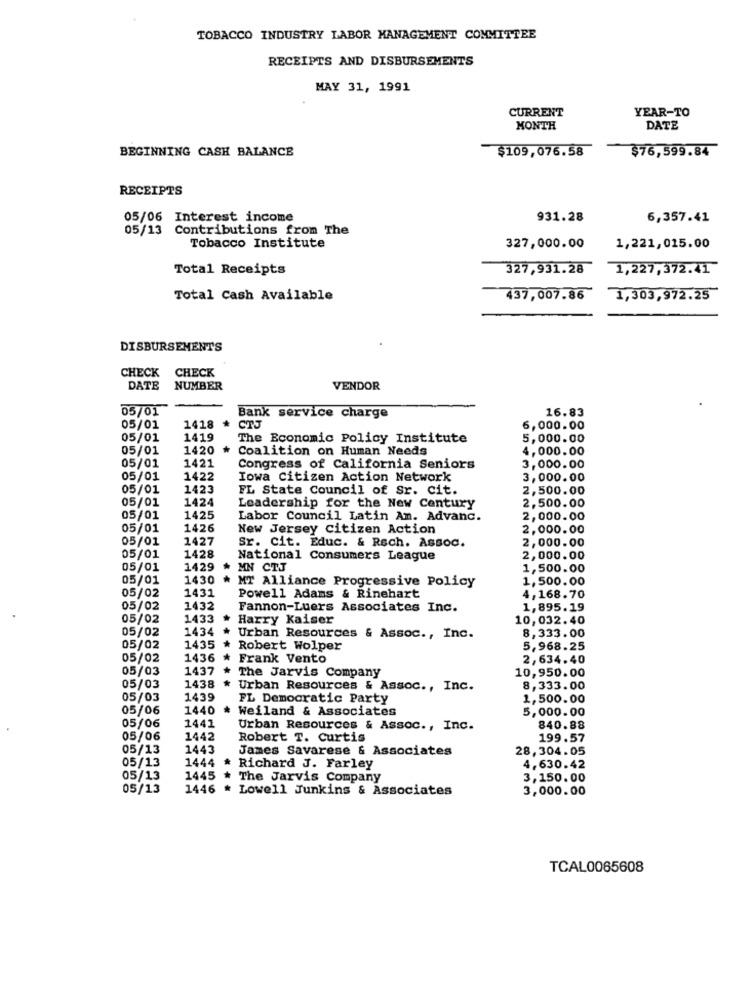
TOBACCO INDUSTRY LABOR MANAGEMENT COMMITTEE
RECEIPTS AND DISBURSEMENTS
MAY 31, 1991
CURRENT
YEAR-TO
MONTH
DATE
BEGINNING CASH BALANCE
$109,076.58
$76,599.84
RECEIPTS
05/06 Interest income
931.28
6,357.41
05/13 Contributions from The
Tobacco Institute
327,000.00
1,221,015.00
Total Receipts
327,931.28
1,227, 372.41
Total Cash Available
437,007.86
1,303,972.25
DISBURSEMENTS
CHECK
CHECK
DATE
NUMBER
VENDOR
05/01
16.83
Bank service charge
05/01
1418
* CTJ
6,000.00
05/01
1419
The Economic Policy Institute
5,000.00
05/01
1420
* Coalition on Human Needs
4,000.00
1421
05/01
Congress of California Seniors
3,000.00
05/01
1422
Iowa Citizen Action Network
3,000.00
05/01
1423
FL State Council of Sr. Cit.
2,500.00
05/01
1424
Leadership for the New Century
2,500.00
05/01
1425
Labor Council Latin An. Advanc.
2,000.00
05/01
1426
New Jersey citizen Action
2,000.00
05/01
1427
2,000.00
Sr. cit. Educ. & Rech. Assoc.
05/01
1428
National Consumers League
2,000.00
05/01
1429
# MN CTJ
1,500.00
05/01
1430
* MT Alliance Progressive Policy
1,500.00
1431
4,168.70
05/02
Powell Adams & Rinehart
05/02
1432
Fannon-Luers Associates Inc.
1,895.19
05/02
1433
Harry Kaiser
10,032.40
05/02
8,333.00
1434 * Urban Resources & Assoc ., Inc.
05/02
1435
* Robert Wolper
5,968.25
05/02
1436
*
Frank Vento
2,634.40
05/03
1437
* The Jarvis Company
10,950.00
1438
05/03
* Urban Resources & Assoc ., Inc.
8,333.00
05/03
1439
FL Democratic Party
1,500.00
05/06
1440
* Weiland & Associates
5,000.00
1441
05/06
Urban Resources & Assoc ., Inc.
840.88
05/06
1442
Robert T. Curtis
199.57
05/13
1443
James Savarese & Associates
28,304.05
1444
05/13
* Richard J. Farley
4,630.42
05/13
1445
The Jarvis Company
3,150.00
05/13
1446 * Lowell Junkins & Associates
3,000.00
TCAL0065608